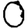
Digit: 0